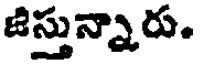
జిస్తున్నారు.